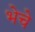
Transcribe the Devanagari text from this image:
भेचे